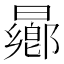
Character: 曏